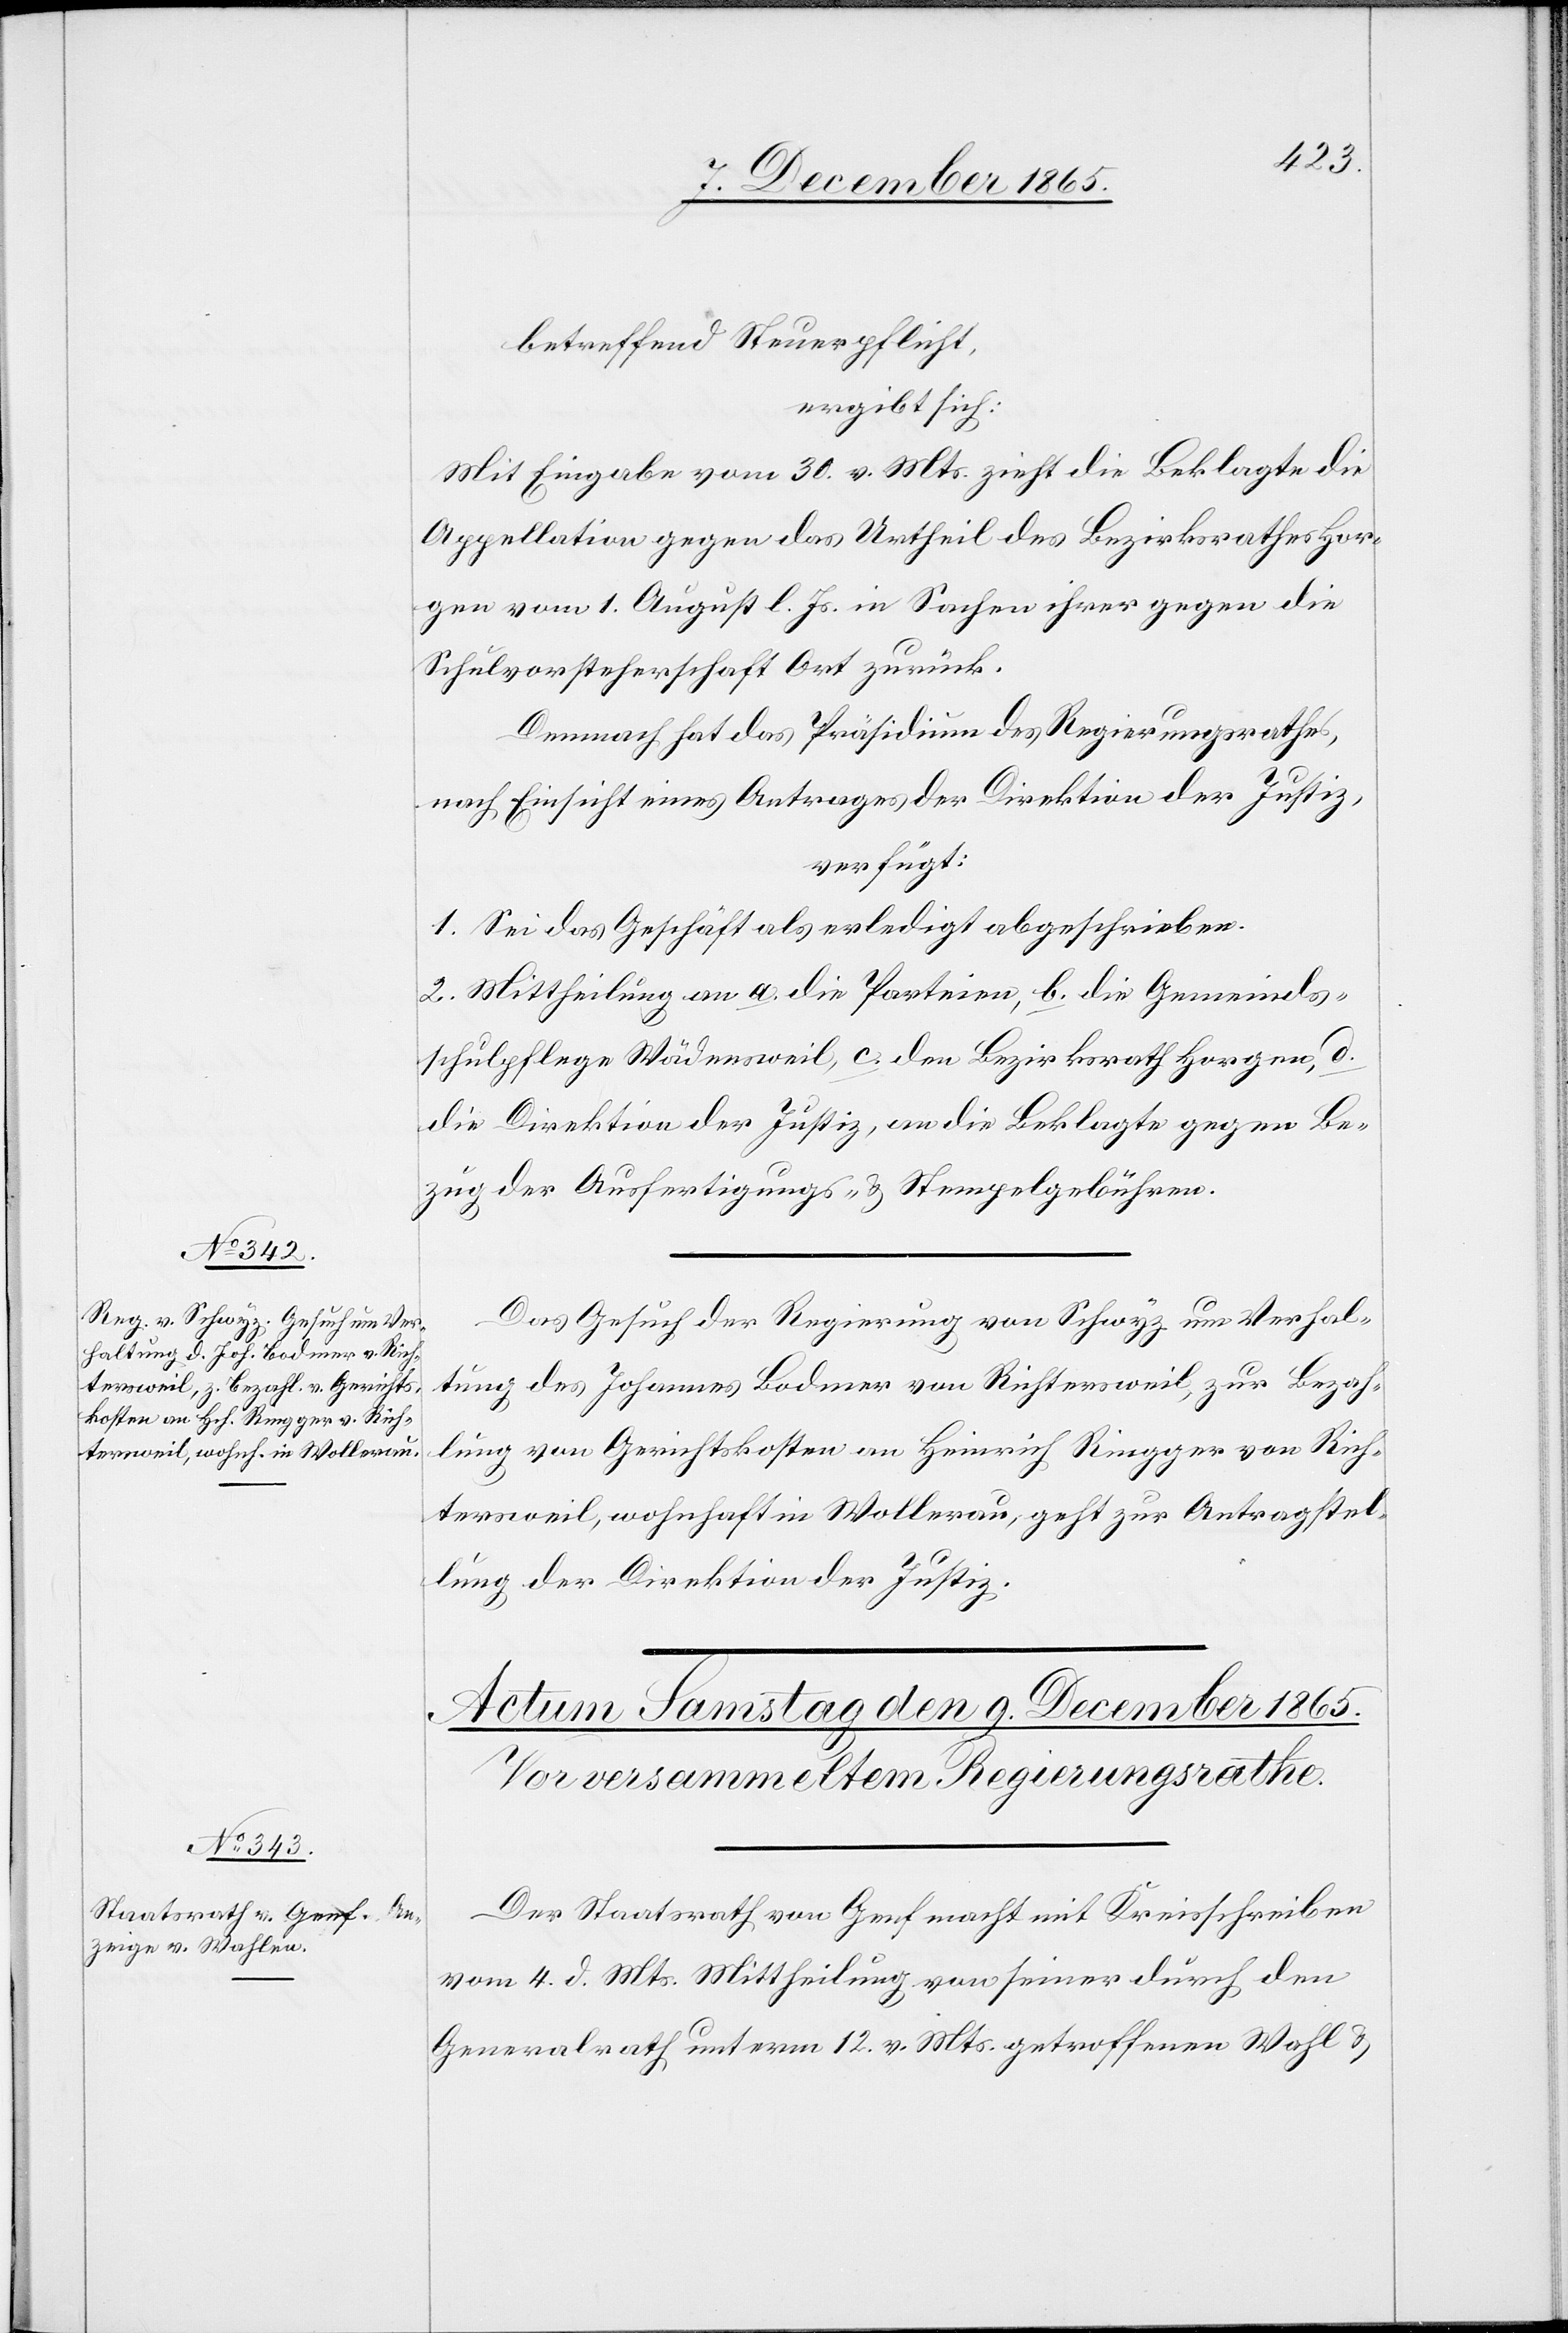
lung
December 1865.]
betreffend Steuerpflicht,
ergibt sich:
Mit Eingabe vom 30. v. Mts. zieht die Beklagte die
Appellation gegen das Urtheil des Bezirksrathes Hor¬
gen vom 1. August l. Js. in Sachen ihrer gegen die
Schulvorsteherschaft Ort zurück
Demnach hat das Präsidium des Regierungsrathes,
nach Einsicht eines Antrages der Direktion der Justiz,
verfügt:
1. Sei das Geschäft als erledigt abgeschrieben.
2. Mittheilung an a. die Parteien, b. die Gemeinds¬
schulpflege Wädensweil, c. den Bezirksrath Horgen, d.
die Direktion der Justiz, an die Beklagte gegen Be¬
zug der Ausfertigungs- & Stempelgebühren.
Das Gesuch der Regierung von Schwyz um Verhal¬
tung des Johannes Bodmer von Richtersweil, zur Bezah¬
lung von Gerichtskosten an Heinrich Ringger von Rich¬
tersweil, wohnhaft in Wollerau, geht zur Antragstel¬
Der Staatsrath Genf macht mit Kreisschreiben
vom 4. d. Mts. Mittheilung von seiner durch den
Generalrath unterm 12. v. Mts. getroffenen Wahl &